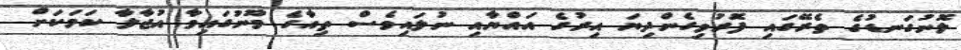
ލޮނުގަނޑުގެ ތެރޭގައި ފޮރުވިގެންދިޔަ އިރުގެ އައްޔާއި ނުލައިވެސް ތިއާގެ މޫނުގައިވާ އުޖާލާ ކަމަކަށް